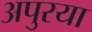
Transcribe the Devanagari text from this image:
अपुरया